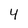
Character: 4